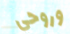
وروحي